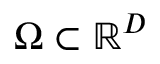
\Omega \subset \mathbb { R } ^ { D }